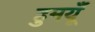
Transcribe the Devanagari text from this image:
हुमयूँ